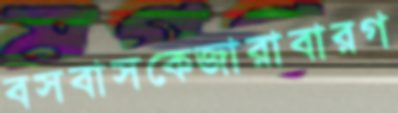
বসবাসকেজারাবারগ